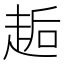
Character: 䞧